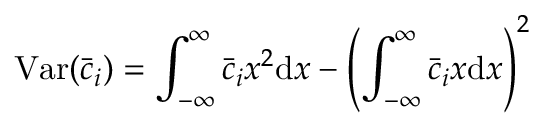
\mathrm { V a r } ( \bar { c } _ { i } ) = \int _ { - \infty } ^ { \infty } \bar { c } _ { i } x ^ { 2 } \mathrm { d } x - \left( \int _ { - \infty } ^ { \infty } \bar { c } _ { i } x \mathrm { d } x \right) ^ { 2 }